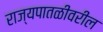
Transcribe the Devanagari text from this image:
राज्यपातळीवरील